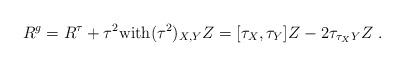
LaTeX: \begin{align*}R^g = R^\tau + \tau^2\mbox{with}(\tau^2)_{X,Y}Z = [\tau_X, \tau_Y]Z - 2 \tau_{\tau_XY}Z \ .\end{align*}